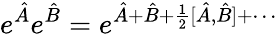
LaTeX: e^{\hat{A}}e^{\hat{B}}=e^{\hat{A}+\hat{B}+\frac{1}{2}[\hat{A},\hat{B}]+\cdots}